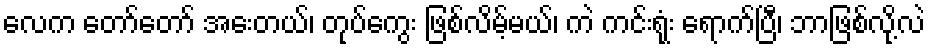
လေက တော်တော် အေးတယ်၊ တုပ်ကွေး ဖြစ်လိမ့်မယ်၊ ကဲ ကင်းရုံး ရောက်ပြီ၊ ဘာဖြစ်လို့လဲ